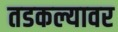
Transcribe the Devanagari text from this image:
तडकल्यावर